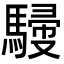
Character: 𩤿